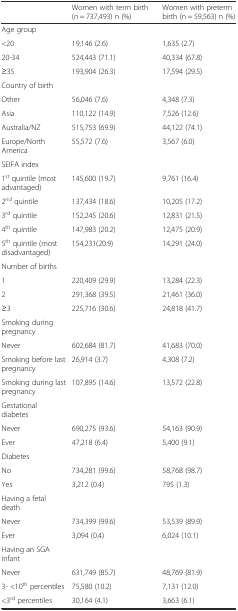
<table><thead><tr><td></td><td><b>Women with term birth (n = 737,493) n (%)</b></td><td><b>Women with preterm birth (n = 59,563) n (%)</b></td></tr></thead><tbody><tr><td>Age group</td><td></td><td></td></tr><tr><td>&lt;20</td><td>19,146 (2.6)</td><td>1,635 (2.7)</td></tr><tr><td>20-34</td><td>524,443 (71.1)</td><td>40,334 (67.8)</td></tr><tr><td>≥35</td><td>193,904 (26.3)</td><td>17,594 (29.5)</td></tr><tr><td>Country of birth</td><td></td><td></td></tr><tr><td>Other</td><td>56,046 (7.6)</td><td>4,348 (7.3)</td></tr><tr><td>Asia</td><td>110,122 (14.9)</td><td>7,526 (12.6)</td></tr><tr><td>Australia/NZ</td><td>515,753 (69.9)</td><td>44,122 (74.1)</td></tr><tr><td>Europe/North America</td><td>55,572 (7.6)</td><td>3,567 (6.0)</td></tr><tr><td>SEIFA index</td><td></td><td></td></tr><tr><td>1<sup>st</sup> quintile (most advantaged)</td><td>145,600 (19.7)</td><td>9,761 (16.4)</td></tr><tr><td>2<sup>nd</sup> quintile</td><td>137,434 (18.6)</td><td>10,205 (17.2)</td></tr><tr><td>3<sup>rd</sup> quintile</td><td>152,245 (20.6)</td><td>12,831 (21.5)</td></tr><tr><td>4<sup>th</sup> quintile</td><td>147,983 (20.2)</td><td>12,475 (20.9)</td></tr><tr><td>5<sup>th</sup> quintile (most disadvantaged)</td><td>154,231(20.9)</td><td>14,291 (24.0)</td></tr><tr><td>Number of births</td><td></td><td></td></tr><tr><td>1</td><td>220,409 (29.9)</td><td>13,284 (22.3)</td></tr><tr><td>2</td><td>291,368 (39.5)</td><td>21,461 (36.0)</td></tr><tr><td>≥3</td><td>225,716 (30.6)</td><td>24,818 (41.7)</td></tr><tr><td>Smoking during pregnancy</td><td></td><td></td></tr><tr><td>Never</td><td>602,684 (81.7)</td><td>41,683 (70.0)</td></tr><tr><td>Smoking before last pregnancy</td><td>26,914 (3.7)</td><td>4,308 (7.2)</td></tr><tr><td>Smoking during last pregnancy</td><td>107,895 (14.6)</td><td>13,572 (22.8)</td></tr><tr><td>Gestational diabetes</td><td></td><td></td></tr><tr><td>Never</td><td>690,275 (93.6)</td><td>54,163 (90.9)</td></tr><tr><td>Ever</td><td>47,218 (6.4)</td><td>5,400 (9.1)</td></tr><tr><td>Diabetes</td><td></td><td></td></tr><tr><td>No</td><td>734,281 (99.6)</td><td>58,768 (98.7)</td></tr><tr><td>Yes</td><td>3,212 (0.4)</td><td>795 (1.3)</td></tr><tr><td>Having a fetal death</td><td></td><td></td></tr><tr><td>Never</td><td>734,399 (99.6)</td><td>53,539 (89.9)</td></tr><tr><td>Ever</td><td>3,094 (0.4)</td><td>6,024 (10.1)</td></tr><tr><td>Having an SGA infant</td><td></td><td></td></tr><tr><td>Never</td><td>631,749 (85.7)</td><td>48,769 (81.9)</td></tr><tr><td>3- &lt;10<sup>th</sup> percentiles</td><td>75,580 (10.2)</td><td>7,131 (12.0)</td></tr><tr><td>&lt;3<sup>rd</sup> percentiles</td><td>30,164 (4.1)</td><td>3,663 (6.1)</td></tr></tbody></table>